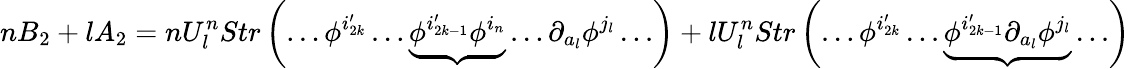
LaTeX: nB_{2}+lA_{2}=nU_{l}^{n}Str\left(\ldots\phi^{i_{2k}^{\prime}}\ldots\underbrace{\phi^{i_{2k-1}^{\prime}}\phi^{i_{n}}}\ldots\partial_{a_{l}}\phi^{j_{l}}\ldots\right)+lU_{l}^{n}Str\left(\ldots\phi^{i_{2k}^{\prime}}\ldots\underbrace{\phi^{i_{2k-1}^{\prime}}\partial_{a_{l}}\phi^{j_{l}}}\ldots\right)